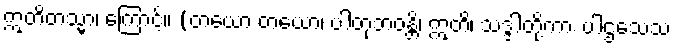
ဣတိတသ္မာ၊ ကြောင့်။ (တယော တယော၊ ပါတုဘဝန္တိ၊ ဣတိ၊ သဒ္ဒါတို့ကား ပါဌသေသ